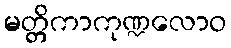
မတ္တိကာကုဏ္ဍလောဝ